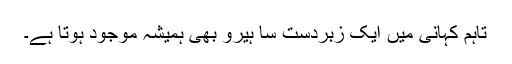
تاہم کہانی میں ایک زبردست سا ہیرو بھی ہمیشہ موجود ہوتا ہے۔